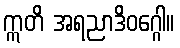
ဣတိ အရညာဒိဝဂ္ဂေါ။